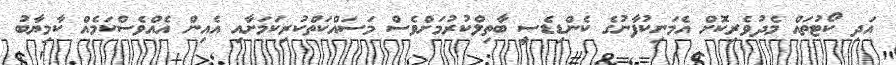
އަދި ކޯޓުތައް މެދުވެރިކޮށް އެމަނިކުފާނުގެ ކެންޑިޑެސީ ބާތިލްކުރުމަށްވެސް މަސައްކަތްކުރިކަމަށާއި އެއިން އެއްވެސްކަމެއް ކާމިޔާބު